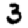
Digit: 3